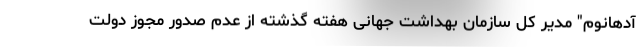
آدهانوم" مدیر کل سازمان بهداشت جهانی هفته گذشته از عدم صدور مجوز دولت